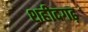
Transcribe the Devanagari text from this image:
शहीदगढ़